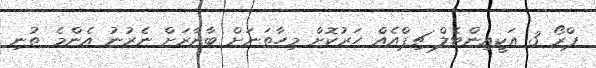
ޕްރޯ 3 އަކީއިންޓެލް ޗިޕްއެއް ހަރުކޮށް މިހާތަނަށް ބާޒާރަށް ނެރުނު އެންމެ ތުނި